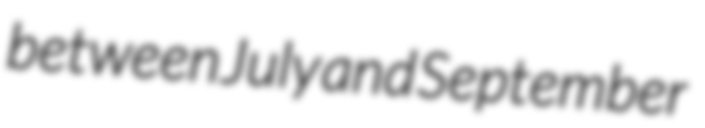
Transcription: between July and September